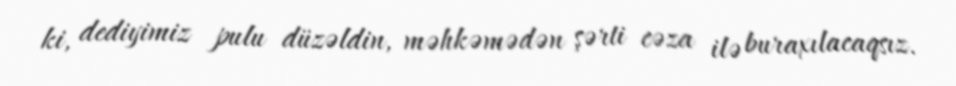
ki, dediyimiz pulu düzəldin, məhkəmədən şərti cəza ilə buraxılacaqsız.